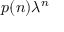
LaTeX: p ( n ) \lambda ^ { n }